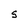
Character: S